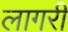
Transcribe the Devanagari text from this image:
लागरी